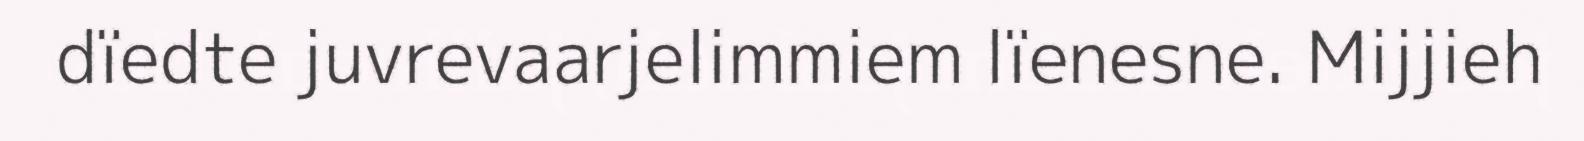
dïedte juvrevaarjelimmiem lïenesne. Mijjieh